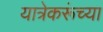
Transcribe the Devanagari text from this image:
यात्रेकरूंच्या